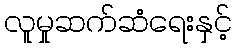
လူမှုဆက်ဆံရေးနှင့်